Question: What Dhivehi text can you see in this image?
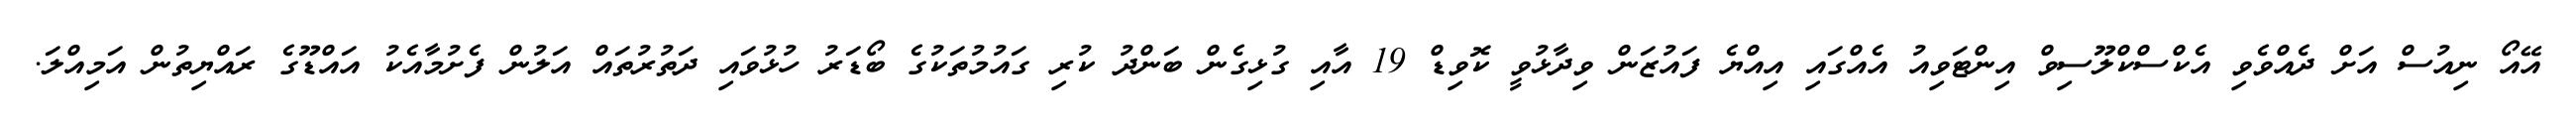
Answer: އޭއޯ ނިއުސް އަށް ދެއްވެވި އެކްސްކްލޫސިވް އިންޓަވިއު އެއްގައި އިއްޔެ ފައުޒަން ވިދާޅުވީ ކޮވިޑް 19 އާއި ގުޅިގެން ބަންދު ކުރި ގައުމުތަކުގެ ބޯޑަރު ހުޅުވައި ދަތުރުތައް އަލުން ފެށުމާއެކު އައްޑޫގެ ރައްޔިތުން އަމިއްލަ.